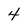
Character: 4